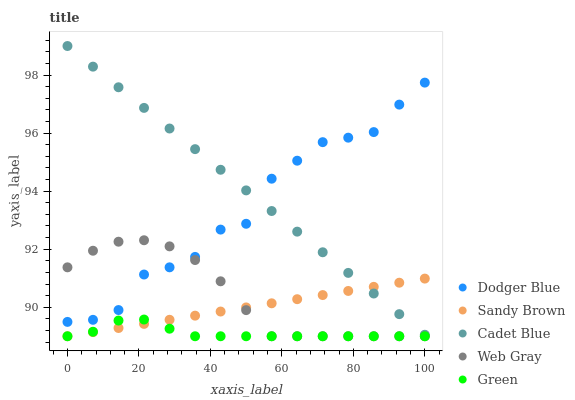
| xaxis_label | Dodger Blue | Sandy Brown | Cadet Blue | Web Gray | Green |
 | --- | --- | --- | --- | --- | --- |
 | 0 | 89.5 | 89 | 99 | 91.4 | 89 |
 | 7.14 | 89.6 | 89.1 | 98.3 | 91.9 | 89.2 |
 | 14.3 | 89.9 | 89.3 | 97.6 | 92.3 | 89.5 |
 | 21.4 | 91.1 | 89.4 | 96.9 | 92.3 | 89.6 |
 | 28.6 | 91.4 | 89.6 | 96.2 | 92.1 | 89.3 |
 | 35.7 | 91.7 | 89.7 | 95.4 | 91.6 | 89 |
 | 42.9 | 92.7 | 89.9 | 94.7 | 90.9 | 89 |
 | 50 | 92.9 | 90 | 94 | 89.9 | 89 |
 | 57.1 | 94.4 | 90.1 | 93.3 | 89 | 89 |
 | 64.3 | 95 | 90.3 | 92.6 | 89 | 89 |
 | 71.4 | 95.7 | 90.4 | 91.9 | 89 | 89 |
 | 78.6 | 95.8 | 90.6 | 91.2 | 89 | 89 |
 | 85.7 | 96 | 90.7 | 90.5 | 89 | 89 |
 | 92.9 | 97 | 90.8 | 89.8 | 89 | 89 |
 | 100 | 97.7 | 91 | 89.1 | 89 | 89 |